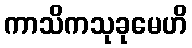
ကာသိကသုခုမေဟိ